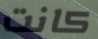
كانت